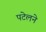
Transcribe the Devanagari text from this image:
पटेलने